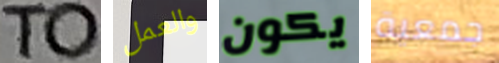
TO والعمل يكون جمعية